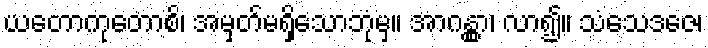
ယတောကုတောစိ၊ အမှတ်မရှိသောဘုံမှ။ အာဂန္တွာ၊ လာ၍။ သံသေဒဇေ၊